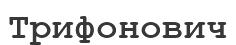
Трифонович